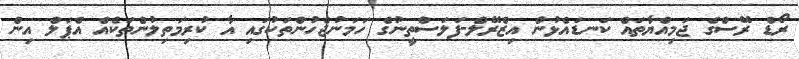
ރޯޑް ރޭސްގެ ޖަމިއްޔާތައް ކަނޑައެޅުން އިޒްރޭލް-ފަލަސްތީނުގެ ހަމަނުޖެހުންތަކުގައި އާ ކުރިމަތިލުންތަކެއް އެޕަލް އިން